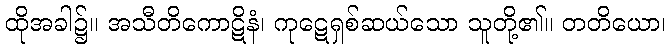
ထိုအခါ၌။ အသီတိကောဋိနံ၊ ကုဋေရှစ်ဆယ်သော သူတို့၏။ တတိယော၊